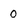
Character: 0